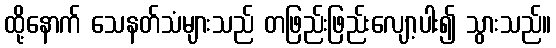
ထို့နောက် သေနတ်သံများသည် တဖြည်းဖြည်းလျော့ပါး၍ သွားသည်။